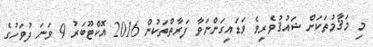
މި މަޤާމުތަކަށް ޝައުޤުވެރިވެ ވަޑައިގަންނަވާ ފަރާތްތަކުން 2016 އޮކްޓޫބަރު 9 ވަނަ ދުވަހުގެ